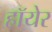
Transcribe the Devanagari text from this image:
हॉयेर